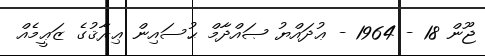
ޖޫން 18 - 1964 - ޢުދައްޔު ޞައްދާމް ޙުސައިން ޢިރާޤުގެ ޒަޢީމެއް